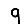
Digit: 9